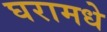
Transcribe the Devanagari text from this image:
घरामधे